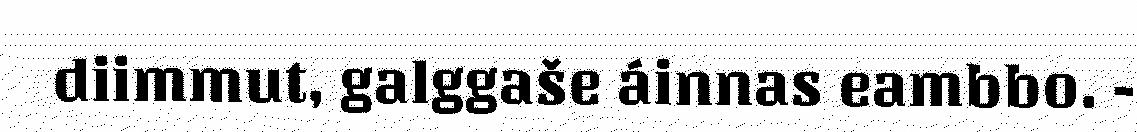
diimmut, galggaše áinnas eambbo. -